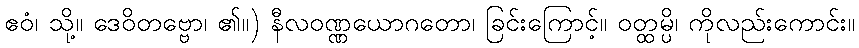
ဧဝံ၊ သို့။ ဒေဝိတဗ္ဗော၊ ၏။) နီလဝဏ္ဏယောဂတော၊ ခြင်းကြောင့်။ ဝတ္ထမ္ပိ၊ ကိုလည်းကောင်း။